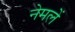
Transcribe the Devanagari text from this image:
नेमलें